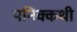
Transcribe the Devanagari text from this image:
पनिक्कथी